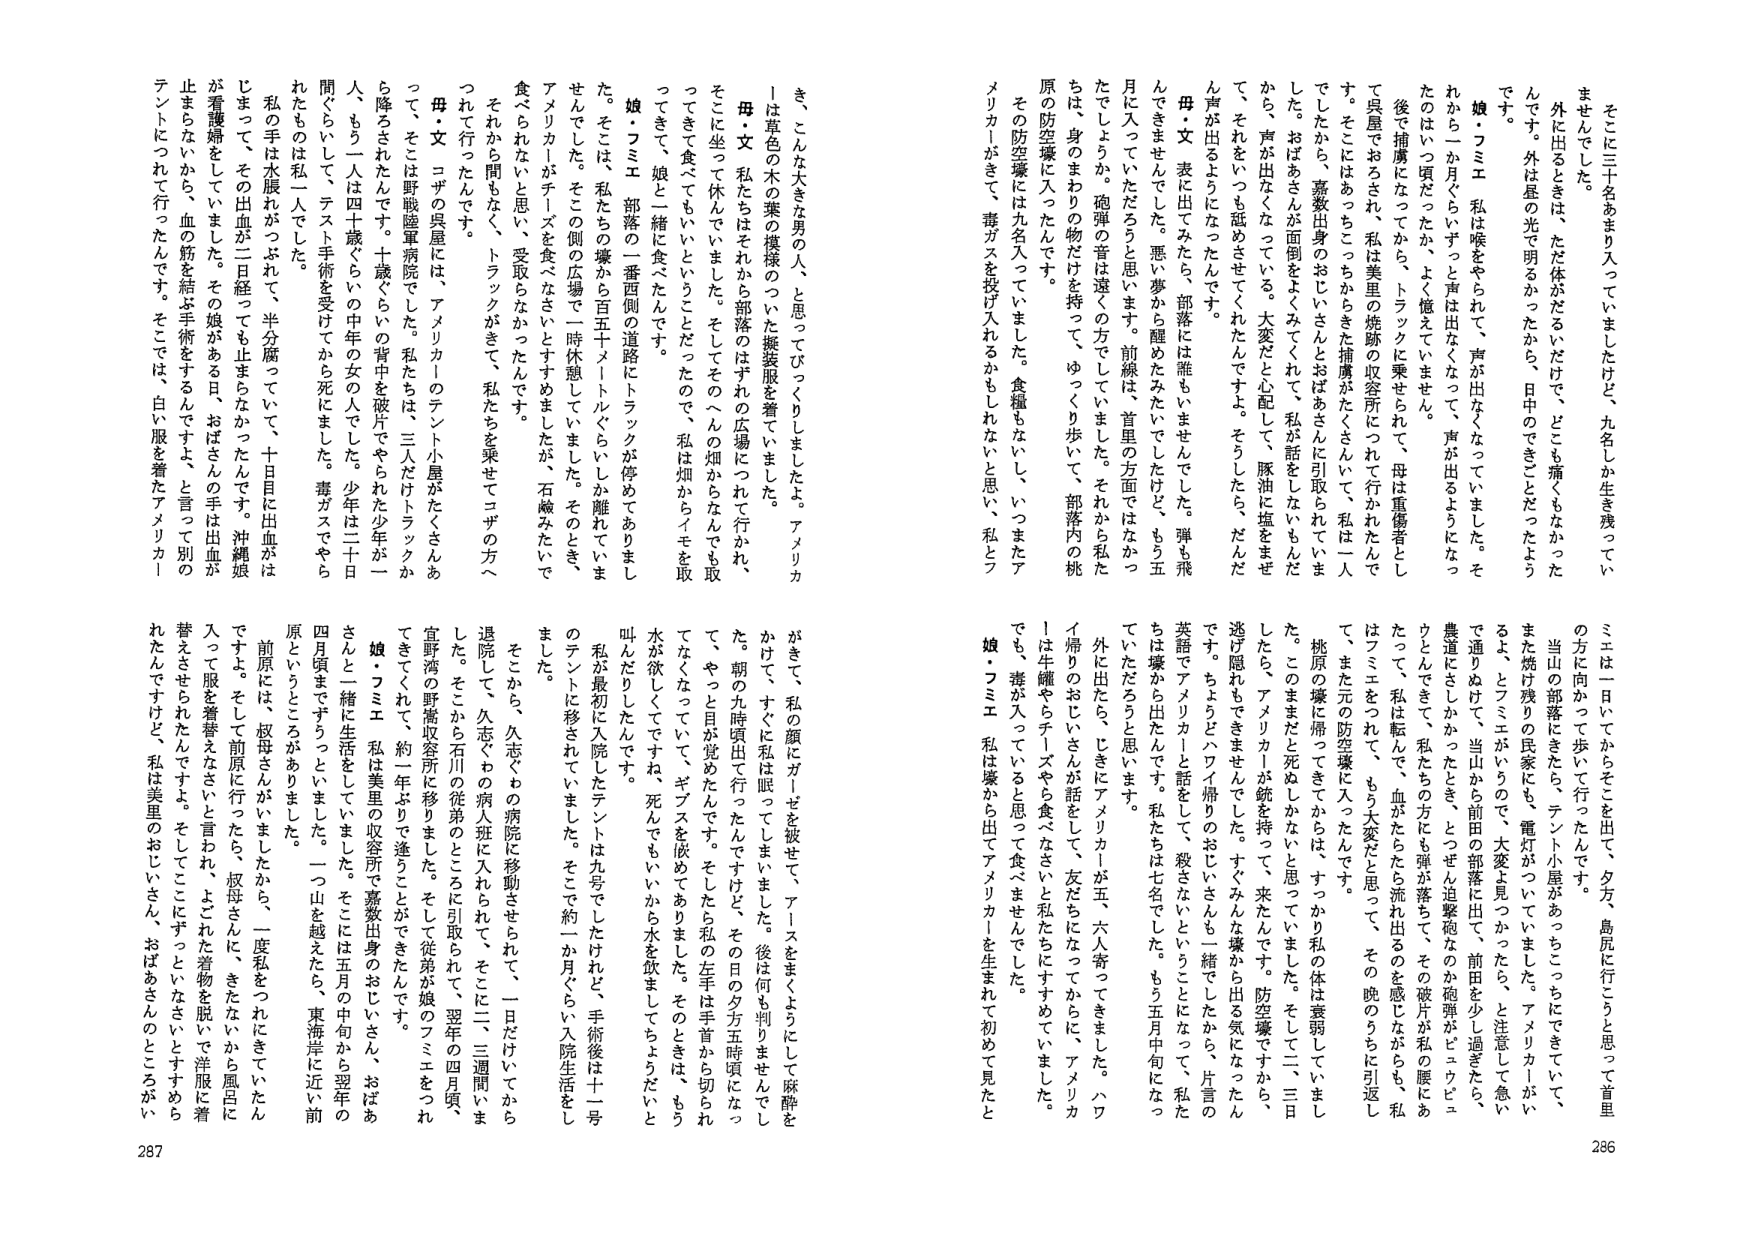
そこに三十名あまり入っていましたけど、九名しか生き残っていませんでした。

外に出るときは、ただ体がだるいだけで、どこも痛くもなかったんです。外は昼の光で明るかったから、日中のできごとだったようです。

娘・フミエ 私は喉をやられて、声が出なくなっていました。それから一か月ぐらいずっと声は出なくなって、声が出るようになったのは一頃だったか、よく憶えていません。

後で捕虜になったから、トラックに乗せられて、母は重傷者として呉屋でおろされ、私は美里の焼跡の収容所にうつれて行かれたんです。そこにはあっちこっちからきた捕虜がたくさんいて、私は一人でしたから、嘉数出身のおじいさんとおばあさんに引取られていました。おばあさんが面倒をよくみてくれて、私が話をしないもんだから、声が出なくなってる。大変だと心配して、豚油と塩をまぜて、それをいつも舐めさせてくれたんですよ。そうしたら、だんだん声が出るようになりました。

母・文 表に出てみたら、部落には誰もいませんでした。弾も飛んできませんでした。悪夢から醒めたみたいでしたけど、もう五月に入っていただろうと思います。前線は、首里の方面ではなかったでしょうか。砲弾の音は遠くの方でしていました。それから私たちは、身のまわりの物だけを持って、ゆっくり歩いて、部落内の桃原の防空壕に入ったんです。

その防空壕には九名入っていました。食糧もないし、いつまたアメリカ人がきて、毒ガスを投げ入れるかもしれないと思い、私とフミエは一日いてからそこを出て、夕方、島尻に行こうと思って首里の方に向かって歩いて行ったんです。

当山の部落にきたら、テント小屋があって、うちにできていて、また焼け残りの民家にも、電灯がついていました。アメリカ人がいるよ、とフミエがいうので、大変よ見つかったら、と注意して急いで通りぬけて、当山から前田の部落に出て、前田を少し過ぎたら、農道にさしかかったとき、とっせん迫撃砲なのか砲弾がビュウビュウとんできて、私たちの方にも弾が落ちて、その破片が私の腰にあたって、私は転んで、血がたらたら流れ出るのを感じながらも、私はフミエをつれて、もう大変だと思った。その晩のうちに引返して、また元の防空壕に入ったんです。

桃原の壕に帰ってきてからは、すっかり私の体は衰弱していました。このままだと死ぬしかないと思っていました。そして二、三日したら、アメリカ人が銃を持って、来たんです。防空壕ですから、逃げ隠れもできませんでした。すぐみんな壕から出る気になったんです。ちょうどハイ帰りのおじいさんも一緒にしたから、片言の英語でアメリカと話をし、殺さないということになった、私たちは壕から出たんです。私たちは七名でした。もう五月中旬になっていただろうと思います。

外に出たら、じきにアメリカ人が五、六人寄ってきました。ハイ帰りのおじいさんが話をして、友だちになってからに、アメリカ人は牛罐やちリズやを食べなさいと私たちにすすめていました。でも、毒が入っていると思って食べませんでした。

娘・フミエ 私は壕から出てアメリカ人を生まれて初めて見たとき、こんな大きな男の人、と思ってびっくりしました。アメリカ人は草色の木の葉の模様のついた擬装服を着ていました。

母・文 私たちはそれから部落のはずれの広場にれて行かれ、そこに坐って休んでいました。そしてそのへんの畑からなんでも取ってきて、食べてもいいということだったので、私は畑からイモを取ってきて、娘と一緒に食べました。

娘・フミエ 部落の一番西側の道路にトラックが停めてありました。そこは、私たちの壕から百五十メートルぐらいしか離れていませんでした。そこでの側の広場で一時休憩していました。そのとき、アメリカ人がチリズを食べなさいとすすめましたが、石鹸みたいで食べられないと思い、受けられなかったんです。

それから間もなく、トラックがきて、私たちを乗せてコザの方へつれて行ったんです。

母・文 コザの呉屋には、アメリカ人のテント小屋がたくさんあって、そこは野戦陸軍病院でした。私たちは、三人だけトラックから降ろされたんです。十歳ぐらいの背中を破片でやられた少年が一人、もう一人は四十歳ぐらいの中年の女の人でした。少年は二十日間ぐらいして、テスト手術を受けてから死にました。毒ガスでやられたものは私一人でした。

私の手は水腫れがつられて、半分腐っていて、十日目に出血がはじまって、その出血が二日経っても止まらなかったんです。沖縄娘が看護婦をしていました。その娘がある日、おばさんの手は出血が止まらないから、血の筋を結ぶ手術をするんですよ、と言って別のテントにつれて行っただけです。そこでは、白い服を着たアメリカ人がきて、私の顔にガーゼを被せて、アイスをまくようにして麻酔をかけて、すぐに私は眠ってしまいました。後は何も判りませんでした。朝の九時頃出て行ったんですけど、その日の夕方五時頃になって、やっと目が覚めたんです。そしたら私の左手は手首から切られていなくて、ギブスを嵌めてありました。そのときは、もう水が欲しくてですね、死んでもいいから水を飲ましてちょうだいと叫んだりしたんです。

私が最初に入院したテントは九号でしたけれど、手術後は十一号のテントに移されていました。そこで約一か月ぐらい入院生活をしました。

そこから、久志ぐわの病院に移動させられて、一日だけいてから退院して、久志ぐわの病人班に入れられて、そこに二、三週間いました。そこから石川の従弟のところに引取られて、翌年の四月頃、宜野湾の野営収容所に移りました。そして従弟が娘のフミエをつれてきてくれて、約一年ぶりで逢うことができたんです。

娘・フミエ 私は美里の収容所で嘉数出身のおじいさん、おばあさんと一緒に生活をしていました。そこには五月の中旬から翌年の四月頃までずっといました。一つ山を越えたら、東海岸に近い前原というところがありました。

前原には、叔母さんがいましたから、一度私をつれにきていたんですよ。そして前原に行ったたら、叔母さんに、きたないから風呂に入って服を着替えなさいと言われ、よごれた着物を脱いで洋服に着替えさせられたんですよ。そしてここにずっといなさいとすすめられたんですけど、私は美里のおじいさん、おばあさんのところがい

286
287